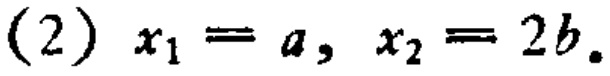
(2) \(x_{1}=a,\ x_{2}=2b\)